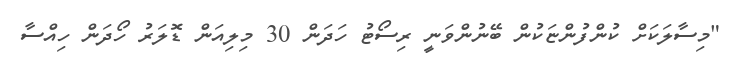
"މިސާލަކަށް ކުންފުންޏަކުން ބޭނުންވަނީ ރިސޯޓު ހަދަން 30 މިލިއަން ޑޮލަރު ހޯދަން ހިއްސާ